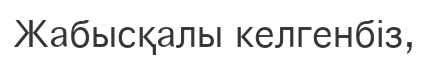
Жабысқалы келгенбіз,